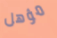
مؤهل